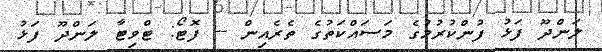
ލަންދޫ ފަޅު ފުންކުރުމުގެ މަސައްކަތުގެ ތެރެއިން -- ފޮޓޯ: ޓްވިޓާ ލަންދޫ ފަޅު